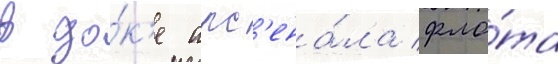
в до́к'е арс'ена́ла фло́та